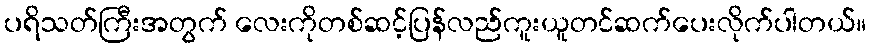
ပရိသတ်ကြီးအတွက် လေးကိုတစ်ဆင့်ပြန်လည်ကူးယူတင်ဆက်ပေးလိုက်ပါတယ်။